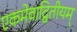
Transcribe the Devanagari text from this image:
एकमेवाद्वितीयम्‌